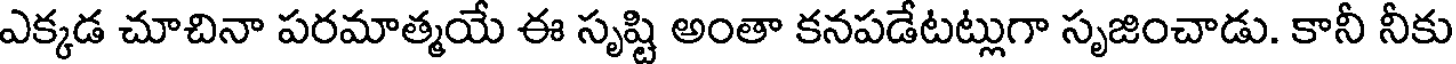
ఎక్కడ చూచినా పరమాత్మయే ఈ సృష్టి అంతా కనపడేటట్లుగా సృజించాడు. కానీ నీకు